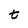
Character: t